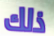
ذلك